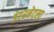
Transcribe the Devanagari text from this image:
इंटरनेटला